Indian journal of veterinary science and animal husbandry - Volume 4,
Year: 1934
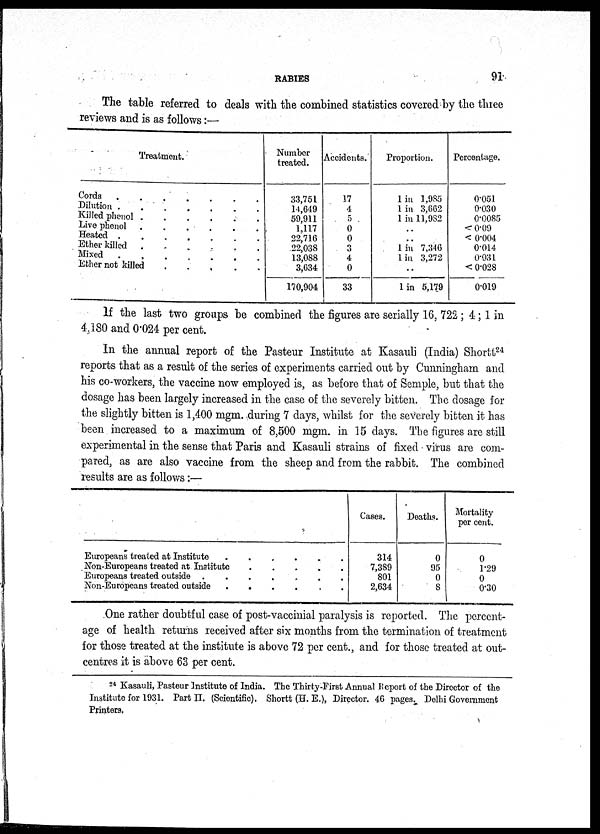
RABIES
91
The table referred to deals with the combined statistics covered by the three
reviews and is as follows:—
Treatment.
Cords
.......
Dilution
.......
Killed phenol
Live phenol
Heated
.
.
.
.
Ether killed
......
Mixed
........
Ether not killed
.
.
.
.
Number
treated.
33,751
14,649
59,911
1,117
22,716
22,038
13,088
3,634
170,904
Accidents.
17
4
5
0
0
3
4
0
33
Proportion.
1 in 1,985
1 in 3,662
1 in 11,982
..
..
1 in 7,346
l in 3,272
..
l in 5,179
Percentage.
0.051
0.030
0.0085
<0.09
< 0.004
0.014
0.031
< 0.028
0.019
If the last two groups be combined the figures are serially 16, 722 ; 4; 1 in
4,180 and 0.024 per cent.
In the annual report of the Pasteur Institute at Kasauli (India) Shortt 24
reports that as a result of the series of experiments carried out by Cunningham and
his co-workers, the vaccine now employed is, as before that of Semple, but that the
dosage has been largely increased in the case of the severely bitten. The dosage for
the slightly bitten is 1,400 mgm. during 7 days, whilst for the severely bitten it has
been increased to a maximum of 8,500 mgm. in 15 days. The figures are still
experimental in the sense that Paris and Kasauli strains of fixed virus are com-
pared, as are also vaccine from the sheep and from the rabbit. The combined
results are as follows:—
Europeans treated at Institute
......
Non-Europeans treated at Institute
Europeans treated outside......
Non-Europeans treated outside
.
.
.
.
Cases.
314
7,389
801
2,634
Deaths.
0
95
0
8
Mortality
per cent.
0
1.29
0
0.30
One rather doubtful case of post-vaccinial paralysis is reported. The percent-
age of health returns received after six months from the termination of treatment
for those treated at the institute is above 72 per cent., and for those treated at out-
centres it is above 63 per cent.
24 Kasauli, Pasteur Institute of India. The Thirty-First Annual Report of the Director of the
Institute for 1931. Part II. (Scientific). Shortt (H. E.), Director. 46 pages. Delhi Government
Printers.